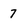
Character: 7